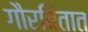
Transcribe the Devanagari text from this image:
गौरवितात